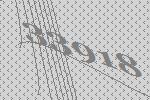
33918